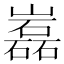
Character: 𡾏